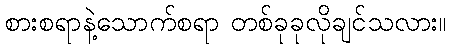
စားစရာနဲ့သောက်စရာ တစ်ခုခုလိုချင်သလား။